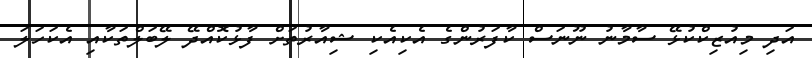
އަދި މިއުޒިކްކުޅޭ ސާމާނު ނޫނަސް ކާފަރުންގެ އެކިއެކި ޝިއާރުތަށް ފާޅުކޮއްދޭ ލޭބަލްތަކާއި އެކަހަލަ